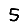
Digit: 5